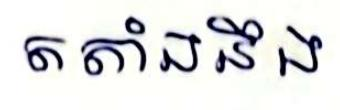
តតាំងនឹង